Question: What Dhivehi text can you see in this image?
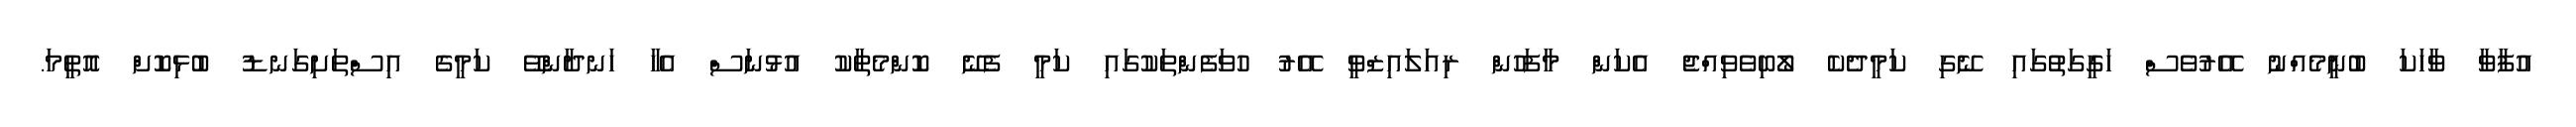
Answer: އުފާވާ ވާހަކަ ބުނީމެއްނު އޭރުވެސް ހަގީގަތުގައި ނޭގި ކަމީދެކެ ލޯބިވެވިއްޖެ އެކަން މާފަހުން ރިއަލައިޒްވީ އޭރު ހުވަފެންތަކުގައި ކަމީ ފެނޭ ކޮންމެތާކު އުޅުނަސް އެހާ ހަނދާންވޭ ކަމީގެ އިސްތަށިގަނޑު ބުޅިކޮށް އޮތީމަ.